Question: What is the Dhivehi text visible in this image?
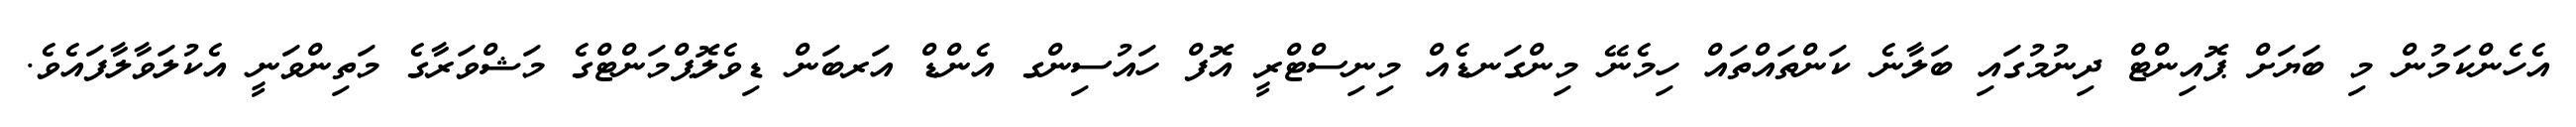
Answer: އެހެންކަމުން މި ބަޔަށް ޕޮއިންޓް ދިނުމުގައި ބަލާނެ ކަންތައްތައް ހިމެނޭ މިންގަނޑެއް މިނިސްޓްރީ އޮފް ހައުސިންގ އެންޑް އަރބަން ޑިވެލޮޕްމަންޓްގެ މަޝްވަރާގެ މަތިންވަނީ އެކުލަވާލާފައެވެ.